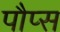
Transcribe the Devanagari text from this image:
पौप्स